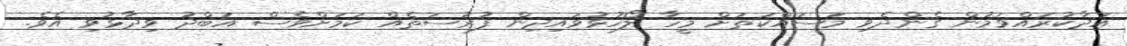
އަދާކުރައްވަމުން ގެންދެވި މަސައްކަތަށް މީހާ ލޯހުޅުވައިދިން ފުރުސަތެއް ކަމަށްވެސް އަބްދު ވިދާޅުވި އެެވެ.